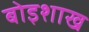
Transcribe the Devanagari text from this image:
बोइशाख